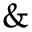
\&